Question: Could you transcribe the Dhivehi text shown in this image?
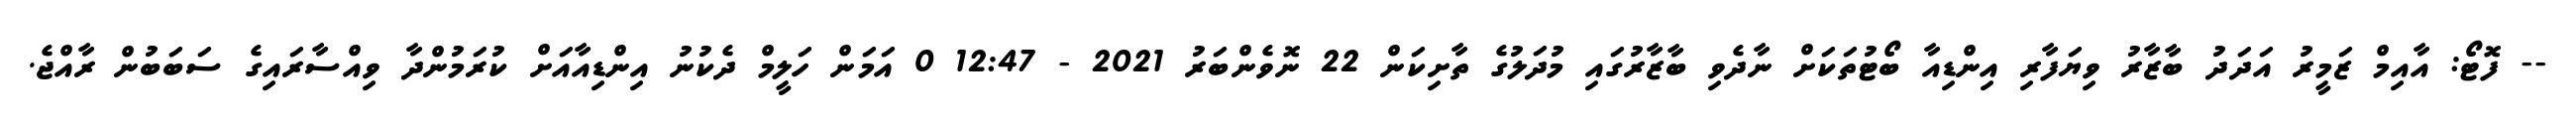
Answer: -- ފޮޓޯ: އާއިމް ޒަމީރު އަދަދު ބާޒާރު ވިޔަފާރި އިންޑިއާ ބޯޓުތަކަށް ނާދެވި ބާޒާރުގައި މުދަލުގެ ތާށިކަން 22 ނޮވެންބަރު 2021 - 12:47 0 އަމަން ހަލީމް ދެކުނު އިންޑިއާއަށް ކުރަމުންދާ ވިއްސާރައިގެ ސަބަބުން ރާއްޖެ.